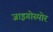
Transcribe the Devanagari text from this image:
जाइगोस्पोर